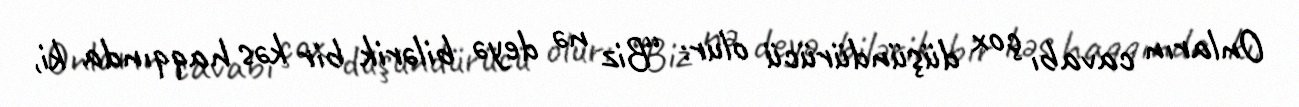
Onların cavabı çox düşündürücü olur: “Biz nə deyə bilərik bir kəs haqqında ki,